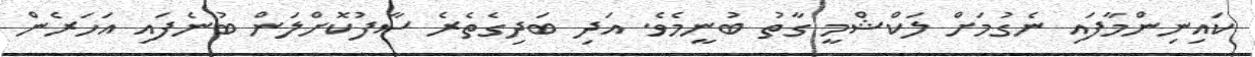
ކައިނިންމާފައި ނެގުމަށް ލަކްޝްމީ ގާތު ބުނީމެވެ. އަދި ބަދިގެތެރެ ސާފުކޮށްލަން ބުނެފައި އަހަރެން